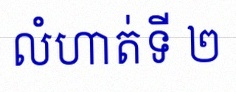
លំហាត់ទី ២